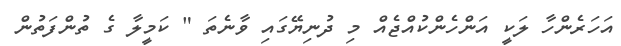
އަހަރެންހާ ލަކީ އަންހެންކުއްޖެއް މި ދުނިޔޭގައި ވާނެތަ " ކަމީލާ ގެ ތުންފަތުން